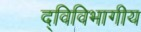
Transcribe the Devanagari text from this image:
द्विविभागीय